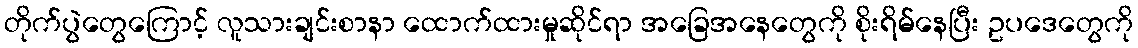
တိုက်ပွဲတွေကြောင့် လူသားချင်းစာနာ ထောက်ထားမှုဆိုင်ရာ အခြေအနေတွေကို စိုးရိမ်နေပြီး ဥပဒေတွေကို